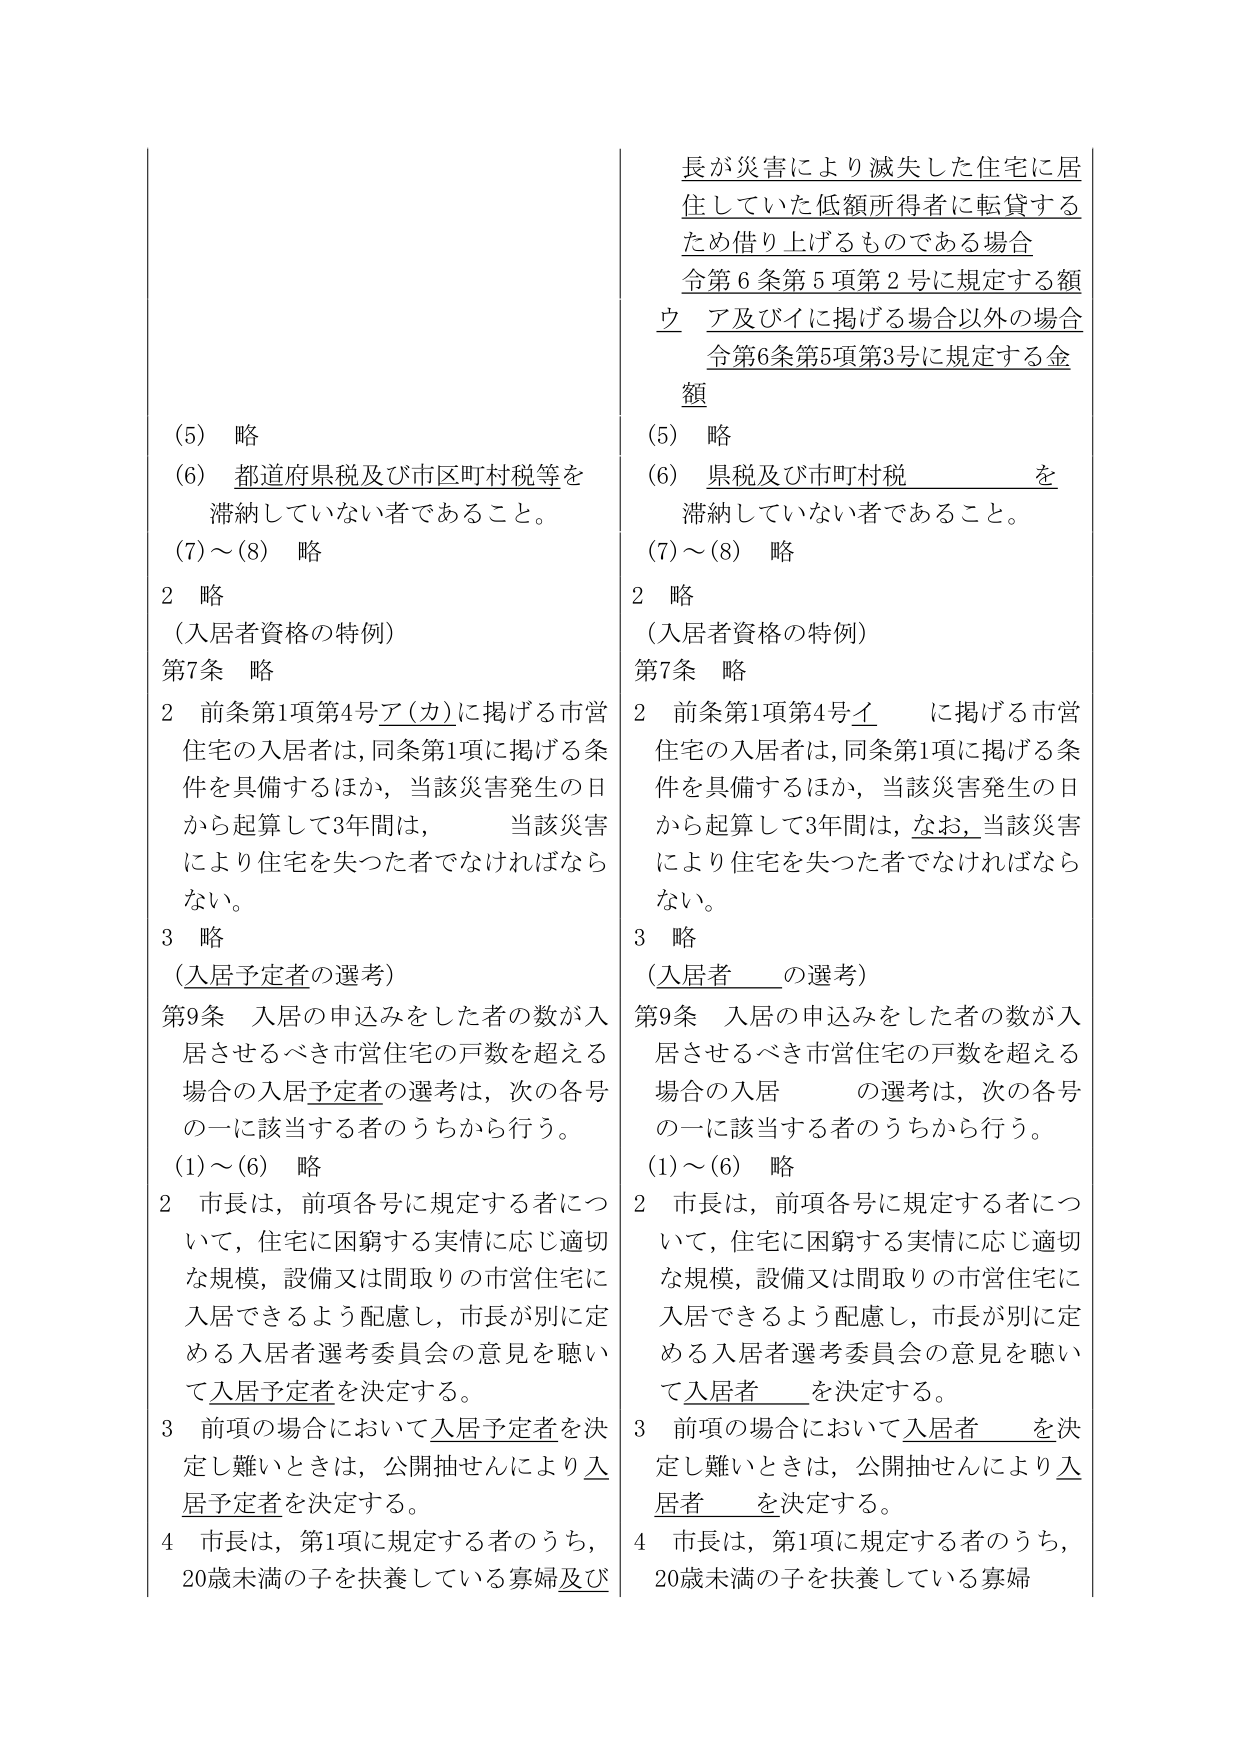
長が災害により滅失した住宅に居住していた低額所得者に転貸するため借り上げるものである場合
令第6条第5項第2号に規定する額
ウ ア及びイに掲げる場合以外の場合
令第6条第5項第3号に規定する金額

(5) 略
(6) 都道府県税及び市区町村税等を滞納していない者であること。
(7)～(8) 略
2 略
（入居者資格の特例）
第7条 略
2 前条第1項第4号ア（カ）に掲げる市営住宅の入居者は、同条第1項に掲げる条件を具備するほか、当該災害発生の日から起算して3年間は、当該災害により住宅を失った者でなければならない。
3 略
（入居予定者の選考）
第9条 入居の申込みをした者の数が入居させるべき市営住宅の戸数を超える場合の入居予定者の選考は、次の各号の一に該当する者のうちから行う。
(1)～(6) 略
2 市長は、前項各号に規定する者について、住宅に困窮する実情に応じ適切な規模、設備又は間取りの市営住宅に入居できるよう配慮し、市長が別に定める入居者選考委員会の意見を聴いて入居予定者を決定する。
3 前項の場合において入居予定者を決定し難いときは、公開抽せんにより入居予定者を決定する。
4 市長は、第1項に規定する者のうち、20歳未満の子を扶養している寡婦及び

(5) 略
(6) 県税及び市町村税 を滞納していない者であること。
(7)～(8) 略
2 略
（入居者資格の特例）
第7条 略
2 前条第1項第4号イ に掲げる市営住宅の入居者は、同条第1項に掲げる条件を具備するほか、当該災害発生の日から起算して3年間は、なお、当該災害により住宅を失った者でなければならない。
3 略
（入居者 の選考）
第9条 入居の申込みをした者の数が入居させるべき市営住宅の戸数を超える場合の入居 の選考は、次の各号の一に該当する者のうちから行う。
(1)～(6) 略
2 市長は、前項各号に規定する者について、住宅に困窮する実情に応じ適切な規模、設備又は間取りの市営住宅に入居できるよう配慮し、市長が別に定める入居者選考委員会の意見を聴いて入居者 を決定する。
3 前項の場合において入居者 を決定し難いときは、公開抽せんにより入居者 を決定する。
4 市長は、第1項に規定する者のうち、20歳未満の子を扶養している寡婦